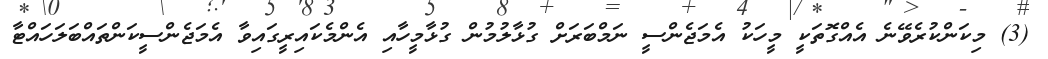
(3) މިކަންކުރެވޭނެ އެއްގޮތަކީ މީހަކު އެމަޖެންސީ ނަމްބަރަށް ގުޅާލުމުން ގުޅާމީހާއި އެންމެކައިރީގައިވާ އެމަޖެންސީކަންތައްބަލަހައްޓާ